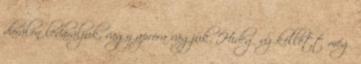
darálón ledaráljuk, vagy apróra vágjuk. Hideg víz kellett még